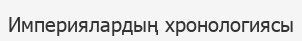
Империялардың хронологиясы